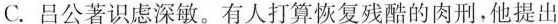
C.吕公著识虑深敏。有人打算恢复残酷的肉刑，他提出